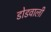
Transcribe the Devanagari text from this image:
डोडवाली